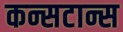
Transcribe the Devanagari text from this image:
कन्सटान्स